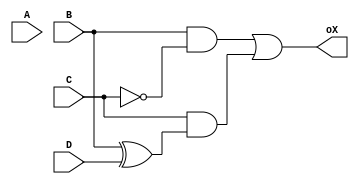
module digito_X (
    input A, input B, input C, input D, output oX
);
    assign oX = B & ~C | C & (B^D);

endmodule